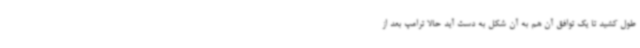
طول کشید تا یک توافق آن هم به آن شکل به دست آید حالا ترامپ بعد از